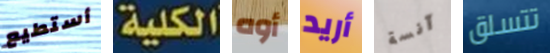
أستطيع الكلية أوه أريد آنسة تتسلق